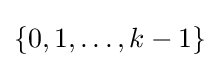
\{0,1,\ldots ,k-1\}